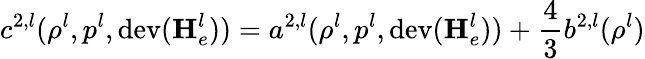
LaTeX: c^{2,l}(\rho^{l},p^{l},\mathrm{dev}(\mathbf{H}_{e}^{l}))=a^{2,l}(\rho^{l},p^{l},\mathrm{dev}(\mathbf{H}_{e}^{l}))+\frac{4}{3}b^{2,l}(\rho^{l})